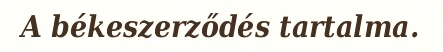
A békeszerződés tartalma.